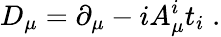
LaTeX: D_{\mu}=\partial_{\mu}-iA_{\mu}^{i}t_{i}\; .